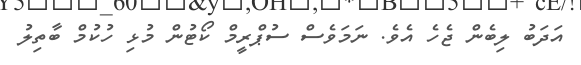
އަދަބު ލިބެން ޖެހެ އެވެ. ނަމަވެސް ސުޕްރީމް ކޯޓުން މުޅި ހުކުމް ބާތިލު